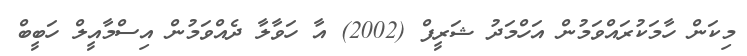
މިކަން ހާމަކުރައްވަމުން އަހްމަދު ޝަރީފް (2002) އާ ހަވާލާ ދެއްވަމުން އިސްމާއީލް ހަބީބް